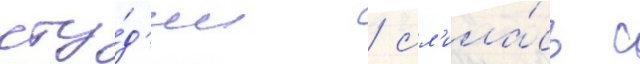
сту́д'ии / сл'ила́сь с